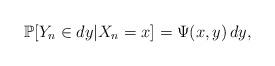
LaTeX: \begin{align*} \mathbb{P}[Y_{n}\in dy | X_{n}= x]=\Psi(x,y)\,dy, \end{align*}